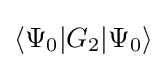
\langle \Psi _{0}|G_{2}|\Psi _{0}\rangle